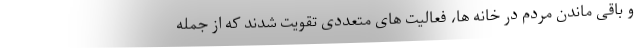
و باقی ماندن مردم در خانه ها، فعالیت های متعددی تقویت شدند که از جمله